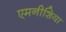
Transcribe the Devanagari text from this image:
एमनीशिया